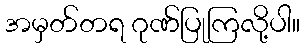
အမှတ်တရ ဂုဏ်ပြုကြလို့ပါ။